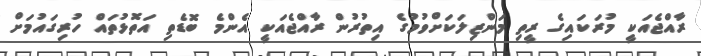
ރާއްޖެއަކީ މުރަކައިގެ ރީތި މަންޒިލަކަށްވުމުގެ އިތުރުން ރާއްޖެއަކީ އެންމެ ބޮޑެތި އަތޮޅުތައް ހުރިގައުމަށް